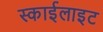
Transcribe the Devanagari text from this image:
स्‍काईलाइट